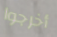
أخرجوا